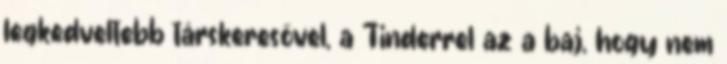
legkedveltebb társkeresővel, a Tinderrel az a baj, hogy nem